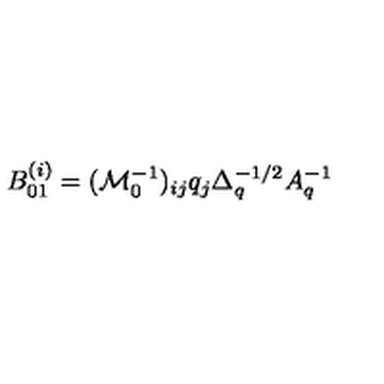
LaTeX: B _ { 0 1 } ^ { ( i ) } = ( \mathcal { M } _ { 0 } ^ { - 1 } ) _ { i j } q _ { j } \Delta _ { q } ^ { - 1 / 2 } A _ { q } ^ { - 1 }